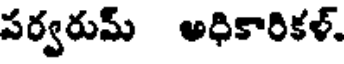
పర్వరుమ్ అధికారికళ్.